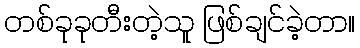
တစ်ခုခုတီးတဲ့သူ ဖြစ်ချင်ခဲ့တာ။